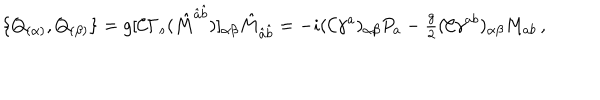
LaTeX: \{ Q _ { ( \alpha ) } , Q _ { ( \beta ) } \} = g [ \mathcal { C } \Gamma _ { s } ( \hat { M } ^ { \hat { a } \hat { b } } ) ] _ { \alpha \beta } \hat { M } _ { \hat { a } \hat { b } } = - i ( \mathcal { C } \gamma ^ { a } ) _ { \alpha \beta } P _ { a } - { \textstyle \frac { g } { 2 } } ( \mathcal { C } \gamma ^ { a b } ) _ { \alpha \beta } M _ { a b } \, ,